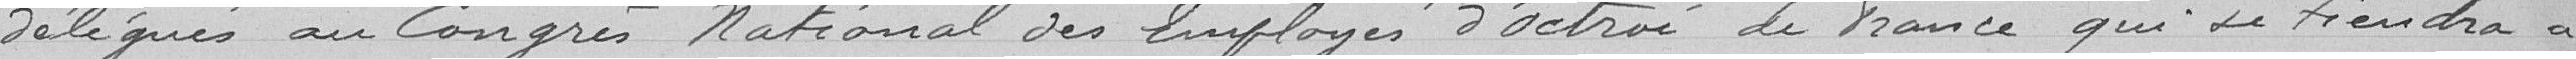
délégués au Congrès National des Employés d'Octroi de France qui se tiendra à